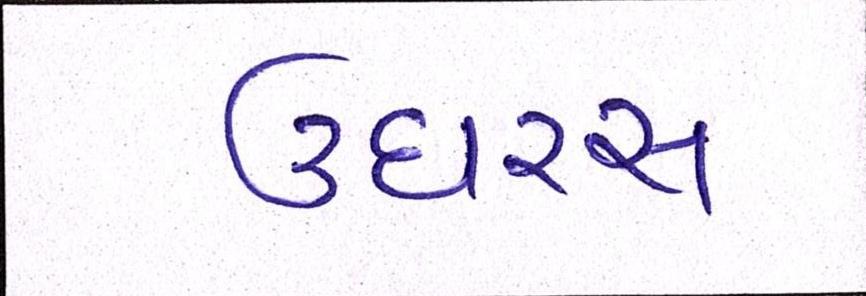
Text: ઉઘરસ